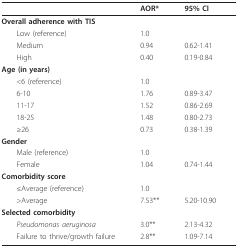
<table><thead><tr><td></td><td><b>AOR*</b></td><td><b>95% CI</b></td></tr></thead><tbody><tr><td><b>Overall adherence with TIS</b></td><td></td><td></td></tr><tr><td> Low (reference)</td><td>1.0</td><td></td></tr><tr><td> Medium</td><td>0.94</td><td>0.62-1.41</td></tr><tr><td> High</td><td>0.40</td><td>0.19-0.84</td></tr><tr><td><b>Age (in years)</b></td><td></td><td></td></tr><tr><td> &lt;6 (reference)</td><td>1.0</td><td></td></tr><tr><td> 6-10</td><td>1.76</td><td>0.89-3.47</td></tr><tr><td> 11-17</td><td>1.52</td><td>0.86-2.69</td></tr><tr><td> 18-25</td><td>1.48</td><td>0.80-2.73</td></tr><tr><td> ≥26</td><td>0.73</td><td>0.38-1.39</td></tr><tr><td><b>Gender</b></td><td></td><td></td></tr><tr><td> Male (reference)</td><td>1.0</td><td></td></tr><tr><td> Female</td><td>1.04</td><td>0.74-1.44</td></tr><tr><td><b>Comorbidity score</b></td><td></td><td></td></tr><tr><td> ≤Average (reference)</td><td>1.0</td><td></td></tr><tr><td> &gt;Average</td><td>7.53**</td><td>5.20-10.90</td></tr><tr><td><b>Selected comorbidity</b></td><td></td><td></td></tr><tr><td> <i>Pseudomonas aeruginosa</i></td><td>3.0**</td><td>2.13-4.32</td></tr><tr><td> Failure to thrive/growth failure</td><td>2.8**</td><td>1.09-7.14</td></tr></tbody></table>